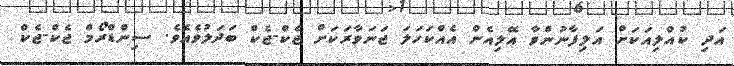
އަދި ކުއްލިއަކަށް އަލިފާނުންވާ އޭލިއެން އެއްކަހަލަ ޖަނަވާރަކަށް ޖެކް-ޖެކް ބަދަލުވެއެވެ. ސިންޑްރޯމް ޖެކް-ޖެކް